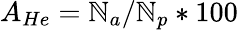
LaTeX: A_{He}=\mathbb{N}_{a}/\mathbb{N}_{p}*100